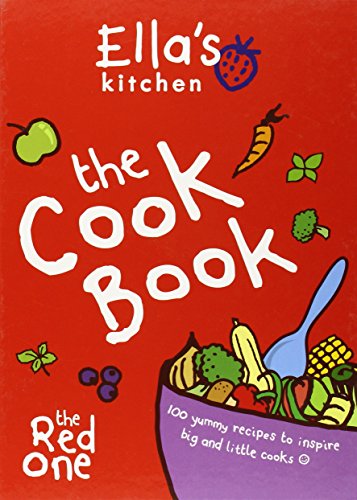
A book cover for Ella's Kitchen: The Cookbook; Ella's Kitchen; Cookbooks, Food & Wine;